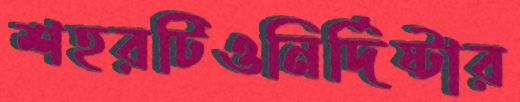
শহরটিওনির্দিষ্টার